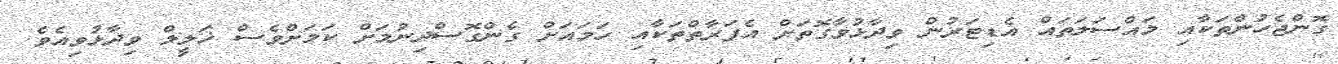
ގޮންޖެހުންތަކާއި މައްސަލަތައް އެޑިޓަރުން ވިދާޅުވާގޮތަށް އެފަރާތްތަކާއި ހަމައަށް ގެންގޮސްދިނުމަށް ކަމަށްވެސް ޚަލީލް ވިދާޅުވިއެވެ.